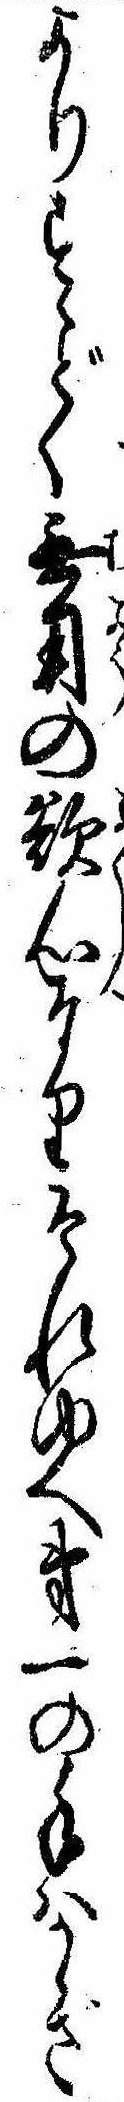
よりすゝどく無用の欲心なりそれゆへ第一の手はかゝざ